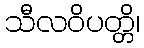
သီလဝိပတ္တိ၊